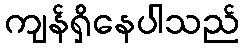
ကျန်ရှိနေပါသည်